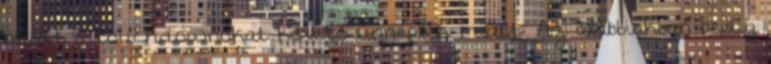
miatt a touchdownokat követő ünneplés miatt: Az alábbiakban pedig